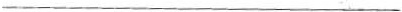
___